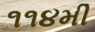
૧૧૪મી